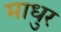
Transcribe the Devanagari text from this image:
माधुर